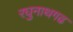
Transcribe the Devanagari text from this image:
रघुनाथगढ